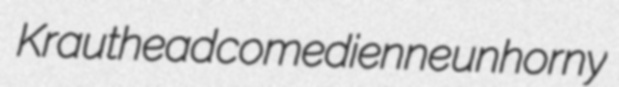
Krauthead comedienne unhorny